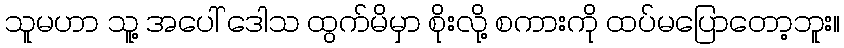
သူမဟာ သူ့ အပေါ် ဒေါသ ထွက်မိမှာ စိုးလို့ စကားကို ထပ်မပြောတော့ဘူး။